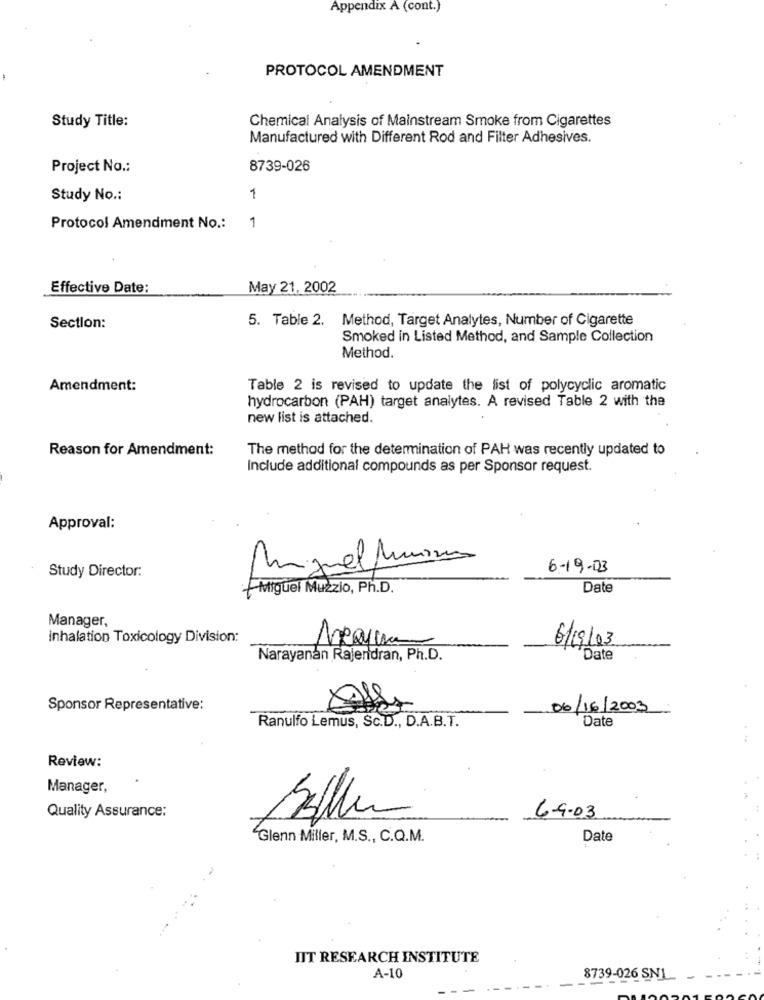
Appendix A (cont.)
PROTOCOL AMENDMENT
Study Title:
Chemical Analysis of Mainstream Smoke from Cigarettes
Manufactured with Different Rod and Filter Adhesives.
Project No .:
8739-026
Study No .:
1
Protocol Amendment No .:
1
Effective Date:
May 21, 2002
5. Table 2. Method, Target Analytes, Number of Cigarette
Section:
Smoked in Listed Method, and Sample Collection
Method.
Amendment:
Table 2 is revised to update the list of polycyclic aromatic
hydrocarbon (PAH) target analytes. A revised Table 2 with the
new list is attached.
Reason for Amendment:
The method for the determination of PAH was recently updated to
Include additional compounds as per Sponsor request.
Approval:
Study Director:
Miguelfurono
6-19-03
Miguel Muzzio, Ph.D.
Date
Manager,
inhalation Toxicology Division:
6/09/03
Narayanan Rajendran, Ph.D.
'Date
Sponsor Representative:
06/16/2003
Date
Ranulfo Lemus, Sc.D ., D.A.B.T.
Review:
Manager,
Quality Assurance:
6-9-03
Glenn Miller, M.S ., C.Q.M.
Date
IIT RESEARCH INSTITUTE
A-10
8739-026 SNI